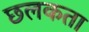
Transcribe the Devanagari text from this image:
छलकता